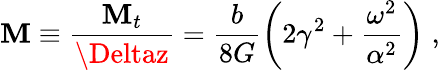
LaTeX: \mathbf{M}\equiv\frac{{\mathbf{M}_{t}}}{{\Deltaz}}=\frac{{b}}{{8G}}\left(2\gamma^{2}+\frac{{\omega^{2}}}{{\alpha^{2}}}\right)\; ,